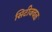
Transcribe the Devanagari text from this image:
सिटीजवळ